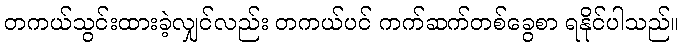
တကယ်သွင်းထားခဲ့လျှင်လည်း တကယ်ပင် ကက်ဆက်တစ်ခွေစာ ရနိုင်ပါသည်။